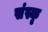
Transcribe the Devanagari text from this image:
संस्कृ